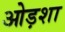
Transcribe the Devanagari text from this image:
ओड़शा